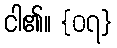
ငါ၏။ {၀၇}